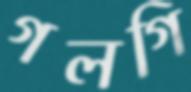
গলগি